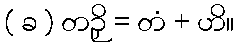
( ခ ) တဉှိ = တံ + ဟိ။